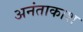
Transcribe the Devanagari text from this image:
अनंताकाश